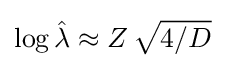
\log {\hat {\lambda }}\approx Z\,{\sqrt {4/D}}